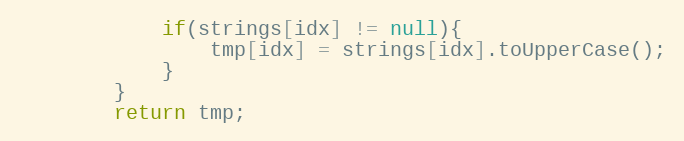
Language: Java
			if(strings[idx] != null){
				tmp[idx] = strings[idx].toUpperCase();
			}
		}
		return tmp;